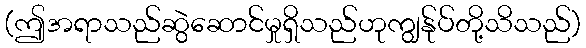
(ဤအရာသည်ဆွဲဆောင်မှုရှိသည်ဟုကျွန်ုပ်တို့သိသည်)